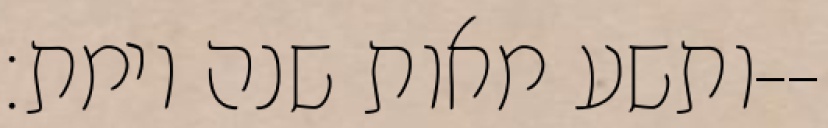
ותשע מאות שנה וימת׃--